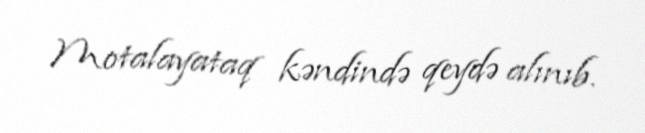
Motalayataq kəndində qeydə alınıb.